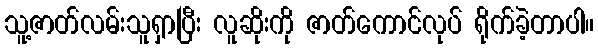
သူ့ဇာတ်လမ်းသူရှာပြီး လူဆိုးကို ဇာတ်ကောင်လုပ် ရိုက်ခဲ့တာပါ။